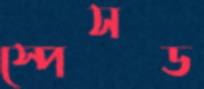
স্পেসড